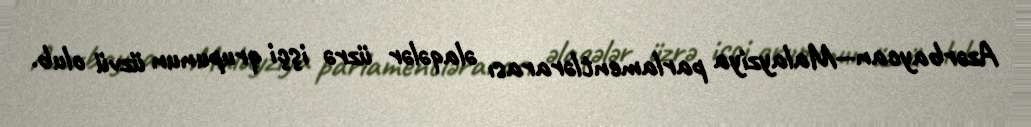
Azərbaycan—Malayziya parlamentlərarası əlaqələr üzrə işçi qrupunun üzvü olub.